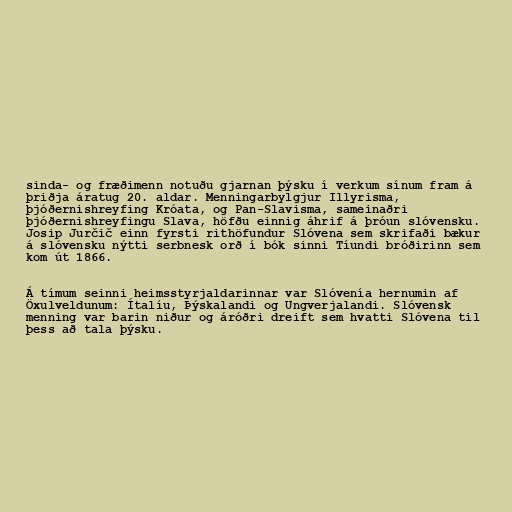
sinda- og fræðimenn notuðu gjarnan þýsku í verkum sínum fram á
þriðja áratug 20. aldar. Menningarbylgjur Illyrisma,
þjóðernishreyfing Króata, og Pan-Slavisma, sameinaðri
þjóðernishreyfingu Slava, höfðu einnig áhrif á þróun slóvensku.
Josip Jurčič einn fyrsti rithöfundur Slóvena sem skrifaði bækur
á slóvensku nýtti serbnesk orð í bók sinni Tíundi bróðirinn sem
kom út 1866.

Á tímum seinni heimsstyrjaldarinnar var Slóvenía hernumin af
Öxulveldunum: Ítalíu, Þýskalandi og Ungverjalandi. Slóvensk
menning var barin niður og áróðri dreift sem hvatti Slóvena til
þess að tala þýsku.